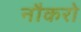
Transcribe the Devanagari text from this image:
नौकरो